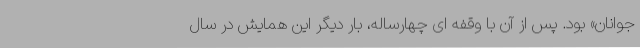
جوانان» بود. پس از آن با وقفه ای چهارساله، بار دیگر این همایش در سال